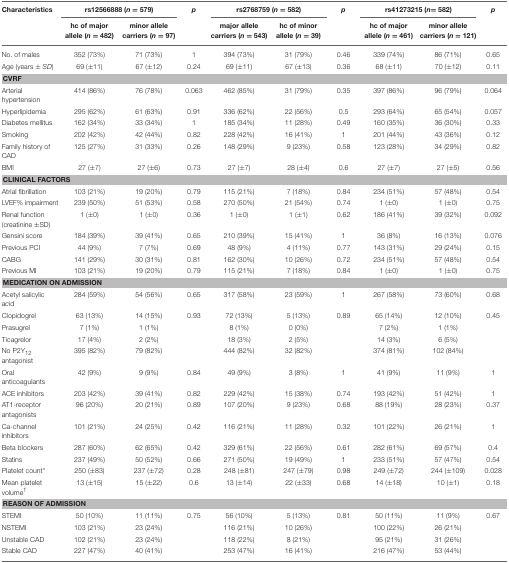
<table><thead><tr><td><b>Characteristics</b></td><td colspan="2"><b>rs12566888 (<i>n</i> = 579)</b></td><td><b><i>p</i></b></td><td colspan="2"><b>rs2768759 (<i>n</i> = 582)</b></td><td><b><i>p</i></b></td><td colspan="2"><b>rs41273215 (<i>n</i> = 582)</b></td><td><b><i>p</i></b></td></tr><tr><td></td><td><b>hc of major allele (<i>n</i> = 482)</b></td><td><b>minor allele carriers (<i>n</i> = 97)</b></td><td></td><td><b>major allele carriers (<i>n</i> = 543)</b></td><td><b>hc of minor allele (<i>n</i> = 39)</b></td><td></td><td><b>hc of major allele (<i>n</i> = 461)</b></td><td><b>minor allele carriers (<i>n</i> = 121)</b></td><td></td></tr></thead><tbody><tr><td>No. of males</td><td>352 (73%)</td><td>71 (73%)</td><td>1</td><td>394 (73%)</td><td>31 (79%)</td><td>0.46</td><td>339 (74%)</td><td>86 (71%)</td><td>0.65</td></tr><tr><td>Age (years ±<i>SD</i>)</td><td>69 (±11)</td><td>67 (±12)</td><td>0.24</td><td>69 (±11)</td><td>67 (±13)</td><td>0.36</td><td>68 (±11)</td><td>70 (±12)</td><td>0.11</td></tr><tr><td colspan="10"><b>CVRF</b></td></tr><tr><td>Arterial hypertension</td><td>414 (86%)</td><td>76 (78%)</td><td>0.063</td><td>462 (85%)</td><td>31 (79%)</td><td>0.35</td><td>397 (86%)</td><td>96 (79%)</td><td>0.064</td></tr><tr><td>Hyperlipidemia</td><td>295 (62%)</td><td>61 (63%)</td><td>0.91</td><td>336 (62%)</td><td>22 (56%)</td><td>0.5</td><td>293 (64%)</td><td>65 (54%)</td><td>0.057</td></tr><tr><td>Diabetes mellitus</td><td>162 (34%)</td><td>33 (34%)</td><td>1</td><td>185 (34%)</td><td>11 (28%)</td><td>0.49</td><td>160 (35%)</td><td>36 (30%)</td><td>0.33</td></tr><tr><td>Smoking</td><td>202 (42%)</td><td>42 (44%)</td><td>0.82</td><td>228 (42%)</td><td>16 (41%)</td><td>1</td><td>201 (44%)</td><td>43 (36%)</td><td>0.12</td></tr><tr><td>Family history of CAD</td><td>125 (27%)</td><td>31 (33%)</td><td>0.26</td><td>148 (29%)</td><td>9 (23%)</td><td>0.58</td><td>123 (28%)</td><td>34 (29%)</td><td>0.82</td></tr><tr><td>BMI</td><td>27 (±7)</td><td>27 (±6)</td><td>0.73</td><td>27 (±7)</td><td>28 (±4)</td><td>0.6</td><td>27 (±7)</td><td>27 (±5)</td><td>0.56</td></tr><tr><td colspan="10"><b>CLINICAL FACTORS</b></td></tr><tr><td>Atrial fibrillation</td><td>103 (21%)</td><td>19 (20%)</td><td>0.79</td><td>115 (21%)</td><td>7 (18%)</td><td>0.84</td><td>234 (51%)</td><td>57 (48%)</td><td>0.54</td></tr><tr><td>LVEF% impairment</td><td>239 (50%)</td><td>51 (53%)</td><td>0.58</td><td>270 (50%)</td><td>21 (54%)</td><td>0.74</td><td>1 (±0)</td><td>1 (±0)</td><td>0.75</td></tr><tr><td>Renal function (creatinine ±SD)</td><td>1 (±0)</td><td>1 (±0)</td><td>0.36</td><td>1 (±0)</td><td>1 (±1)</td><td>0.62</td><td>186 (41%)</td><td>39 (32%)</td><td>0.092</td></tr><tr><td>Gensini score</td><td>184 (39%)</td><td>39 (41%)</td><td>0.65</td><td>210 (39%)</td><td>15 (41%)</td><td>1</td><td>36 (8%)</td><td>16 (13%)</td><td>0.076</td></tr><tr><td>Previous PCI</td><td>44 (9%)</td><td>7 (7%)</td><td>0.69</td><td>48 (9%)</td><td>4 (11%)</td><td>0.77</td><td>143 (31%)</td><td>29 (24%)</td><td>0.15</td></tr><tr><td>CABG</td><td>141 (29%)</td><td>30 (31%)</td><td>0.81</td><td>162 (30%)</td><td>10 (26%)</td><td>0.72</td><td>234 (51%)</td><td>57 (48%)</td><td>0.54</td></tr><tr><td>Previous MI</td><td>103 (21%)</td><td>19 (20%)</td><td>0.79</td><td>115 (21%)</td><td>7 (18%)</td><td>0.84</td><td>1 (±0)</td><td>1 (±0)</td><td>0.75</td></tr><tr><td colspan="10"><b>MEDICATION ON ADMISSION</b></td></tr><tr><td>Acetyl salicylic a<i>c</i>id</td><td>284 (59%)</td><td>54 (56%)</td><td>0.65</td><td>317 (58%)</td><td>23 (59%)</td><td>1</td><td>267 (58%)</td><td>73 (60%)</td><td>0.68</td></tr><tr><td>Clopidogrel</td><td>63 (13%)</td><td>14 (15%)</td><td>0.93</td><td>72 (13%)</td><td>5 (13%)</td><td>0.89</td><td>65 (14%)</td><td>12 (10%)</td><td>0.45</td></tr><tr><td>Prasugrel</td><td>7 (1%)</td><td>1 (1%)</td><td></td><td>8 (1%)</td><td>0 (0%)</td><td></td><td>7 (2%)</td><td>1 (1%)</td><td></td></tr><tr><td>Ticagrelor</td><td>17 (4%)</td><td>2 (2%)</td><td></td><td>18 (3%)</td><td>2 (5%)</td><td></td><td>14 (3%)</td><td>6 (5%)</td><td></td></tr><tr><td>No P2Y<sub>12</sub> antagonist</td><td>395 (82%)</td><td>79 (82%)</td><td></td><td>444 (82%)</td><td>32 (82%)</td><td></td><td>374 (81%)</td><td>102 (84%)</td><td></td></tr><tr><td>Oral anticoagulants</td><td>42 (9%)</td><td>9 (9%)</td><td>0.84</td><td>49 (9%)</td><td>3 (8%)</td><td>1</td><td>41 (9%)</td><td>11 (9%)</td><td>1</td></tr><tr><td>ACE inhibitors</td><td>203 (42%)</td><td>39 (41%)</td><td>0.82</td><td>229 (42%)</td><td>15 (38%)</td><td>0.74</td><td>193 (42%)</td><td>51 (42%)</td><td>1</td></tr><tr><td>AT1-receptor antagonists</td><td>96 (20%)</td><td>20 (21%)</td><td>0.89</td><td>107 (20%)</td><td>9 (23%)</td><td>0.68</td><td>88 (19%)</td><td>28 (23%)</td><td>0.37</td></tr><tr><td>Ca-channel inhibitors</td><td>101 (21%)</td><td>24 (25%)</td><td>0.42</td><td>116 (21%)</td><td>11 (28%)</td><td>0.32</td><td>101 (22%)</td><td>26 (21%)</td><td>1</td></tr><tr><td>Beta blockers</td><td>287 (60%)</td><td>62 (65%)</td><td>0.42</td><td>329 (61%)</td><td>22 (56%)</td><td>0.61</td><td>282 (61%)</td><td>69 (57%)</td><td>0.4</td></tr><tr><td>Statins</td><td>237 (49%)</td><td>50 (52%)</td><td>0.66</td><td>271 (50%)</td><td>19 (49%)</td><td>1</td><td>233 (51%)</td><td>57 (47%)</td><td>0.54</td></tr><tr><td>Platelet count<sup>*</sup></td><td>250 (±83)</td><td>237 (±72)</td><td>0.28</td><td>248 (±81)</td><td>247 (±79)</td><td>0.98</td><td>249 (±72)</td><td>244 (±109)</td><td>0.028</td></tr><tr><td>Mean platelet volume<sup>†</sup></td><td>13 (±15)</td><td>15 (±22)</td><td>0.6</td><td>13 (±14)</td><td>22 (±33)</td><td>0.68</td><td>14 (±18)</td><td>10 (±1)</td><td>0.18</td></tr><tr><td colspan="10"><b>REASON OF ADMISSION</b></td></tr><tr><td>STEMI</td><td>50 (10%)</td><td>11 (11%)</td><td>0.75</td><td>56 (10%)</td><td>5 (13%)</td><td>0.81</td><td>50 (11%)</td><td>11 (9%)</td><td>0.67</td></tr><tr><td>NSTEMI</td><td>103 (21%)</td><td>23 (24%)</td><td></td><td>116 (21%)</td><td>10 (26%)</td><td></td><td>100 (22%)</td><td>26 (21%)</td><td></td></tr><tr><td>Unstable CAD</td><td>102 (21%)</td><td>23 (24%)</td><td></td><td>118 (22%)</td><td>8 (21%)</td><td></td><td>95 (21%)</td><td>31 (26%)</td><td></td></tr><tr><td>Stable CAD</td><td>227 (47%)</td><td>40 (41%)</td><td></td><td>253 (47%)</td><td>16 (41%)</td><td></td><td>216 (47%)</td><td>53 (44%)</td><td></td></tr></tbody></table>